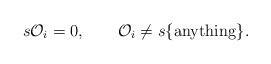
LaTeX: \begin{align*}s {\cal O}_i =0,\quad\quad{\cal O}_i \ne s\{{\rm anything} \}.\end{align*}